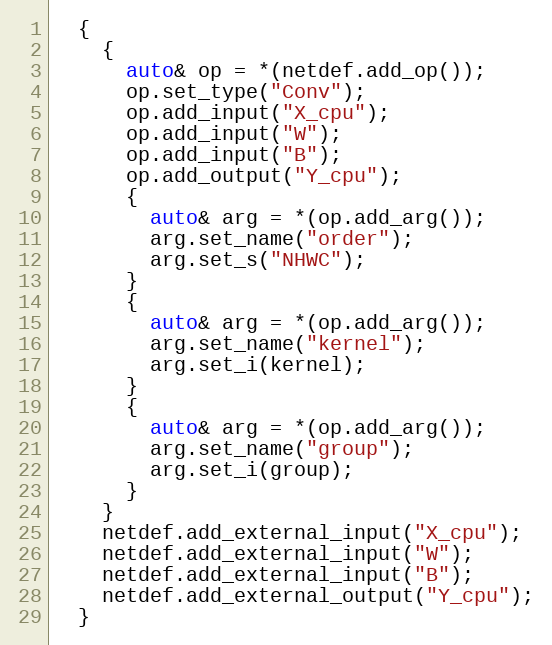
Language: C++
  {
    {
      auto& op = *(netdef.add_op());
      op.set_type("Conv");
      op.add_input("X_cpu");
      op.add_input("W");
      op.add_input("B");
      op.add_output("Y_cpu");
      {
        auto& arg = *(op.add_arg());
        arg.set_name("order");
        arg.set_s("NHWC");
      }
      {
        auto& arg = *(op.add_arg());
        arg.set_name("kernel");
        arg.set_i(kernel);
      }
      {
        auto& arg = *(op.add_arg());
        arg.set_name("group");
        arg.set_i(group);
      }
    }
    netdef.add_external_input("X_cpu");
    netdef.add_external_input("W");
    netdef.add_external_input("B");
    netdef.add_external_output("Y_cpu");
  }